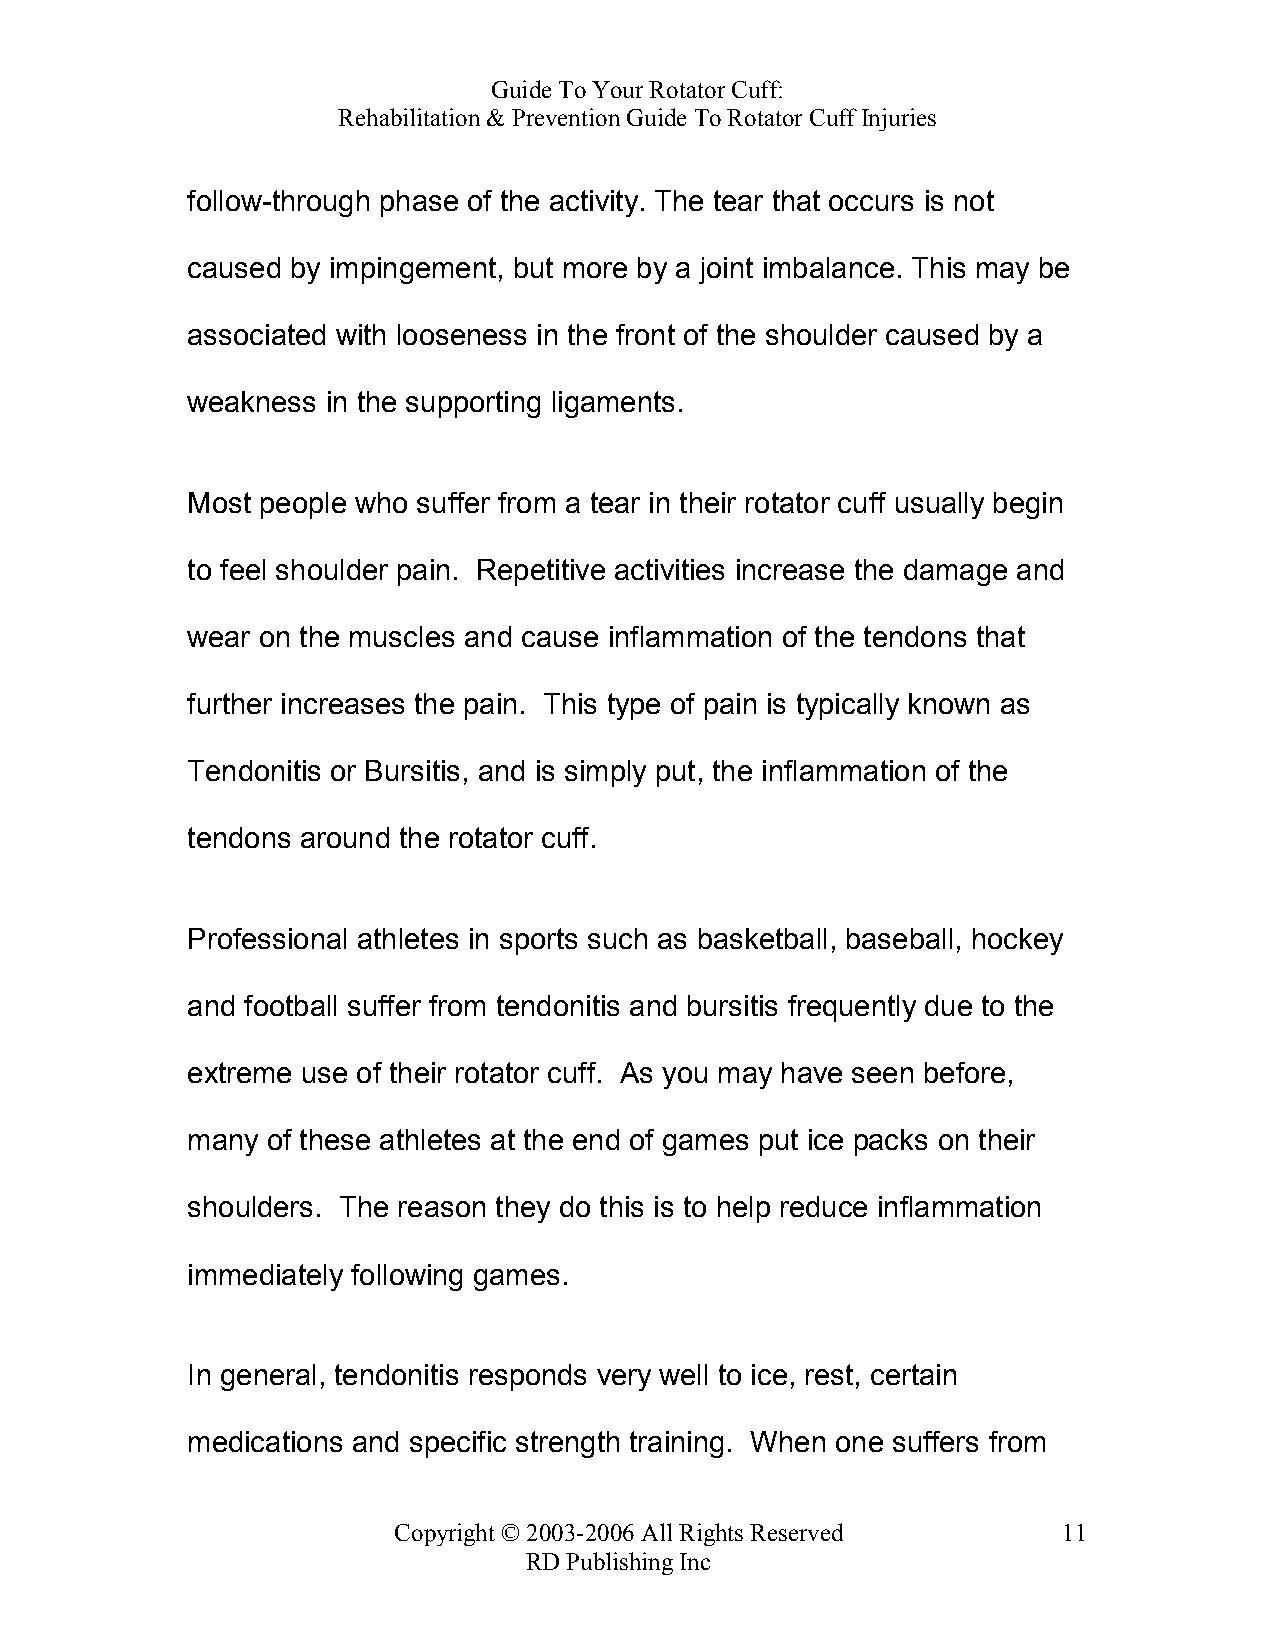
Guide To Your Rotator Cuff:
 Rehabilitation & Prevention Guide To Rotator Cuff Injuries
 follow-through phase of the activity. The tear that occurs is not
 caused by impingement, but more by a joint imbalance. This may be
 associated with looseness in the front of the shoulder caused by a
 weakness  in the supporting ligaments.
 Most people who suffer from a tear in their rotator cuff usually begin
 to feel shoulder pain. Repetitive activities increase the damage and
 wear on the muscles and cause inflammation of the tendons that
 further increases the pain. This type of pain is typically known as
 Tendonitis or Bursitis, and is simply put, the inflammation of the
 tendons around the rotator cuff.
 Professional athletes in sports such as basketball, baseball, hockey
 and football suffer from tendonitis and bursitis frequently due to the
 extreme use of their rotator cuff. As you may have seen before,
 many  of these athletes at the end of games put ice packs on their
 shoulders. The reason they do this is to help reduce inflammation
 immediately following games.
 In general, tendonitis responds very well to ice, rest, certain
 medications and specific strength training. When one suffers from
 Copyright © 2003-2006 All Rights Reserved   11
 RD Publishing Inc